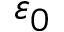
\varepsilon _ { 0 }